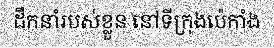
ដឹកនាំរបស់ខ្លួន នៅទីក្រុងប៉េកាំង